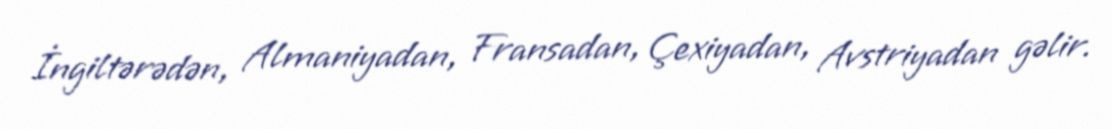
İngiltərədən, Almaniyadan, Fransadan, Çexiyadan, Avstriyadan gəlir.